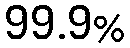
99.9%